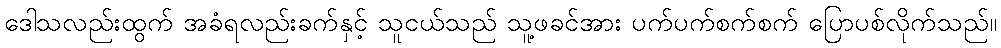
ဒေါသလည်းထွက် အခံရလည်းခက်နှင့် သူငယ်သည် သူ့ဖခင်အား ပက်ပက်စက်စက် ပြောပစ်လိုက်သည်။